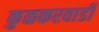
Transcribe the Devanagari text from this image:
कुळकरवाडी